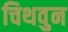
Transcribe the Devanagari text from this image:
चिथवुन